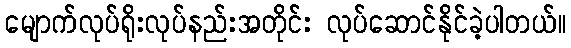
မျောက်လုပ်ရိုးလုပ်နည်းအတိုင်း လုပ်ဆောင်နိုင်ခဲ့ပါတယ်။